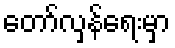
တော်လှန်ရေးမှာ